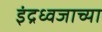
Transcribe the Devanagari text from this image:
इंद्रध्वजाच्या